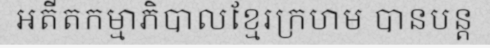
អតីតកម្មាភិបាលខ្មែរក្រហម បានបន្ត